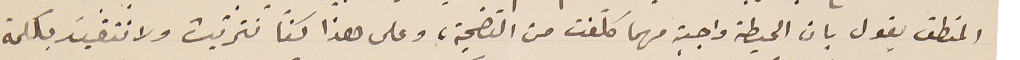
المنطق يقول بان الحيطة واجبة مهما كلفت من التضحية، وعلى هذا كنّا نتريّث ولا نتقيّد بكلمة